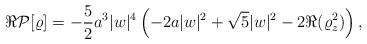
LaTeX: \begin{align*}\Re \mathcal{P}[\varrho]=-\frac{5}{2}a^3 |w|^4 \left(-2 a |w|^2+\sqrt{5} |w|^2 - 2\Re (\varrho _z^2)\right),\end{align*}